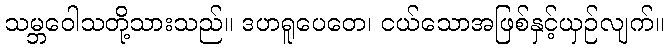
သမ္ဘဝေါသတို့သားသည်။ ဒဟရူပေတေ၊ ငယ်သောအဖြစ်နှင့်ယှဉ်လျက်။